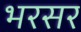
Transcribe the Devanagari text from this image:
भरसर